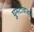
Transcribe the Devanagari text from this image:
घुमटीवजा